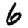
Digit: 6